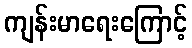
ကျန်းမာရေးကြောင့်